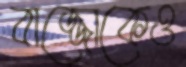
বাজ্জোকেও